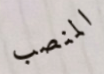
المنصب